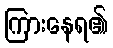
ကြားနေရ၏